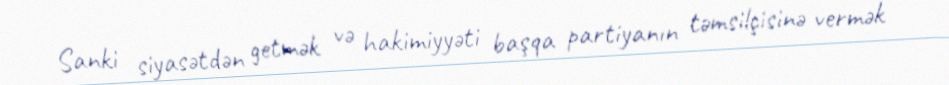
Sanki siyasətdən getmək və hakimiyyəti başqa partiyanın təmsilçisinə vermək